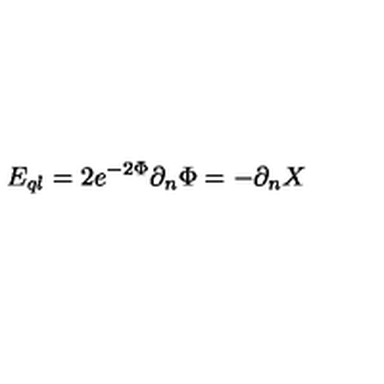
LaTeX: E _ { q l } = 2 e ^ { - 2 \Phi } \partial _ { n } \Phi = - \partial _ { n } X \,